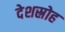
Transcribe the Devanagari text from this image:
देशस्रोह